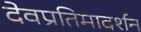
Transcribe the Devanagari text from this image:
देवप्रतिमादर्शन